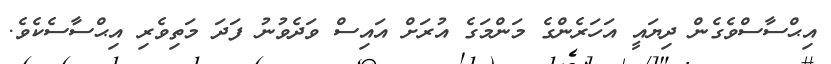
އިޙްސާސްވެގެން ދިޔައީ އަހަރެންގެ މަންމަގެ އުރަށް އައިސް ވަދެވުނު ފަދަ މަތިވެރި އިޙްސާސެކެވެ.